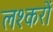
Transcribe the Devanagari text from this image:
लश्करों